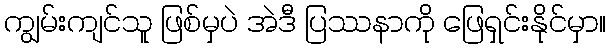
ကျွမ်းကျင်သူ ဖြစ်မှပဲ အဲဒီ ပြဿနာကို ဖြေရှင်းနိုင်မှာ။